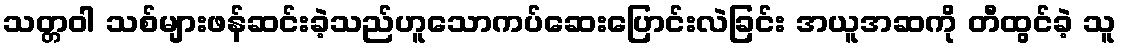
သတ္တဝါ သစ်များဖန်ဆင်းခဲ့သည်ဟူသောကပ်ဆေးပြောင်းလဲခြင်း အယူအဆကို တီထွင်ခဲ့ သူ